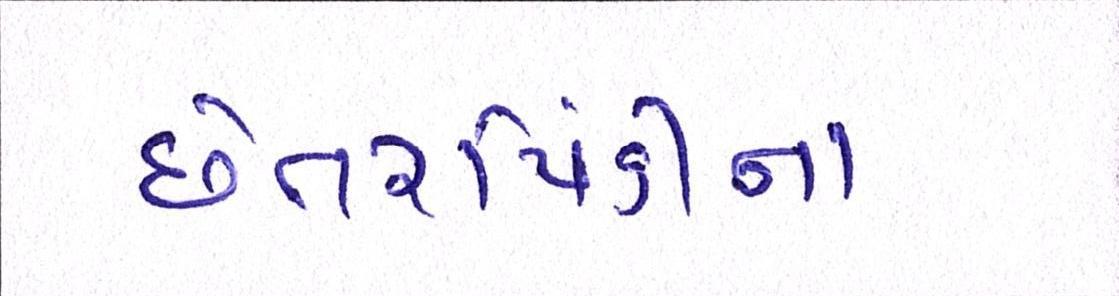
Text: છેતરપિંડીના